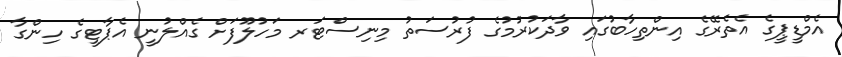
އެމްޑީޕީގެ އެތެރޭގެ އިންތިހާބުގައި ވާދަކުރުމުގެ ފުރުސަތު މިނިސްޓަރ މަހުލޫފަށް ގެއްލުނީ އެޕާޓީގެ ހިންގާ